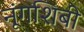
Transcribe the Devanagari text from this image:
नूंगशिबी